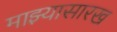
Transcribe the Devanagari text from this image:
माझ्यासारख